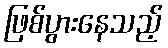
ဖြစ်ပွားနေသည့်